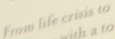
From life crisis to